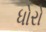
ધોરો